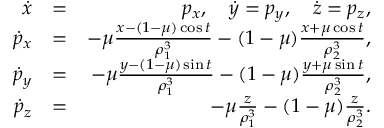
\begin{array} { r l r } { \dot { x } } & { = } & { p _ { x } , \quad \dot { y } = p _ { y } , \quad \dot { z } = p _ { z } , } \\ { \dot { p } _ { x } } & { = } & { - \mu \frac { x - ( 1 - \mu ) \cos { t } } { \rho _ { 1 } ^ { 3 } } - ( 1 - \mu ) \frac { x + \mu \cos { t } } { \rho _ { 2 } ^ { 3 } } , } \\ { \dot { p } _ { y } } & { = } & { - \mu \frac { y - ( 1 - \mu ) \sin { t } } { \rho _ { 1 } ^ { 3 } } - ( 1 - \mu ) \frac { y + \mu \sin { t } } { \rho _ { 2 } ^ { 3 } } , } \\ { \dot { p } _ { z } } & { = } & { - \mu \frac { z } { \rho _ { 1 } ^ { 3 } } - ( 1 - \mu ) \frac { z } { \rho _ { 2 } ^ { 3 } } . } \end{array}